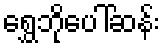
ရွှေဘိုပေါ်ဆန်း